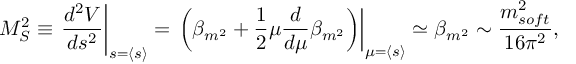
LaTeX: M _ { S } ^ { 2 } \equiv \left. \frac { d ^ { 2 } V } { d s ^ { 2 } } \right| _ { s = \langle s \rangle } = \left. \left( \beta _ { m ^ { 2 } } + \frac { 1 } { 2 } \mu \frac { d } { d \mu } \beta _ { m ^ { 2 } } \right) \right| _ { \mu = \langle s \rangle } \simeq \beta _ { m ^ { 2 } } \sim \frac { m _ { s o f t } ^ { 2 } } { 1 6 \pi ^ { 2 } } ,